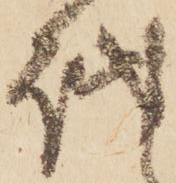
越